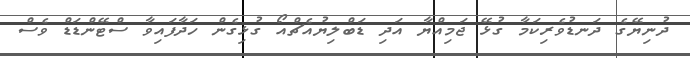
ދުނިޔޭގެ ދަނޑުވެރިކަމާ ގުޅޭ ޖަމިއްޔާ އަދި ޑަބްލިޔުއެޗްއޯ ގުޅިގެން ހަދާފައިވާ ސްޓޭންޑަޑް ވެސް